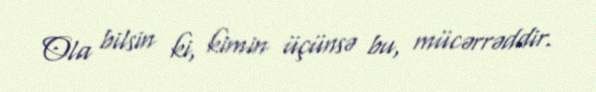
Ola bilsin ki, kimin üçünsə bu, mücərrəddir.